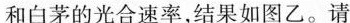
和白茅的光合速率，结果如图乙。请